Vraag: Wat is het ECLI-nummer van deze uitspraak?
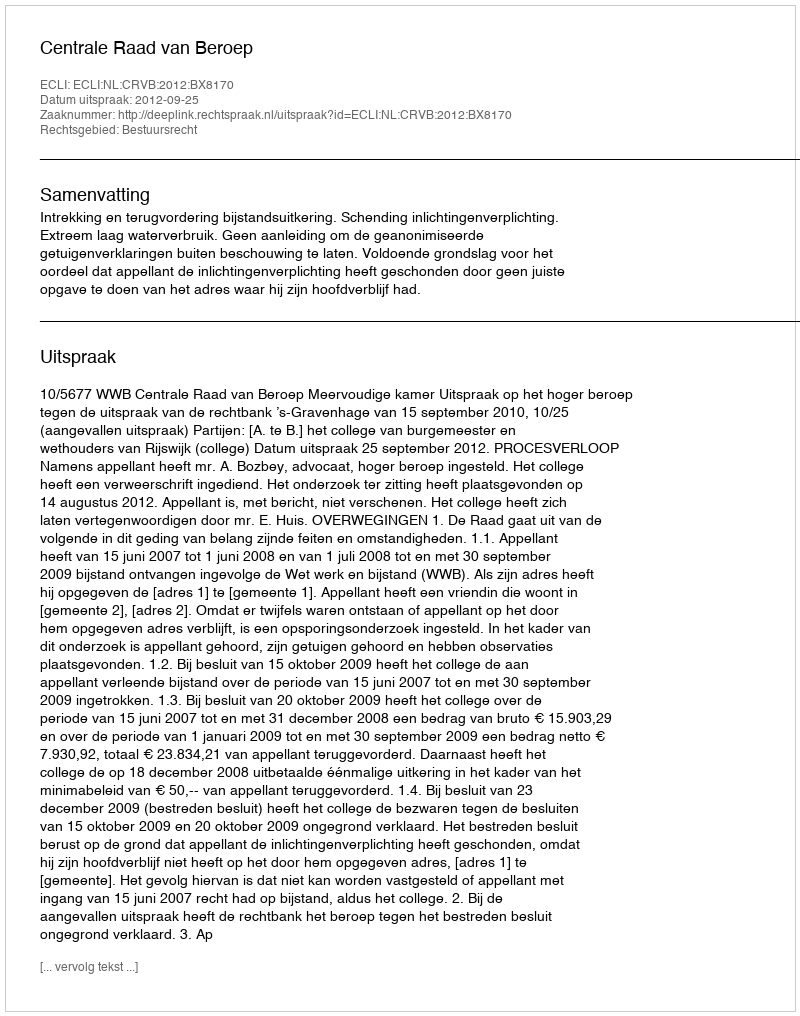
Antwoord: ECLI:NL:CRVB:2012:BX8170